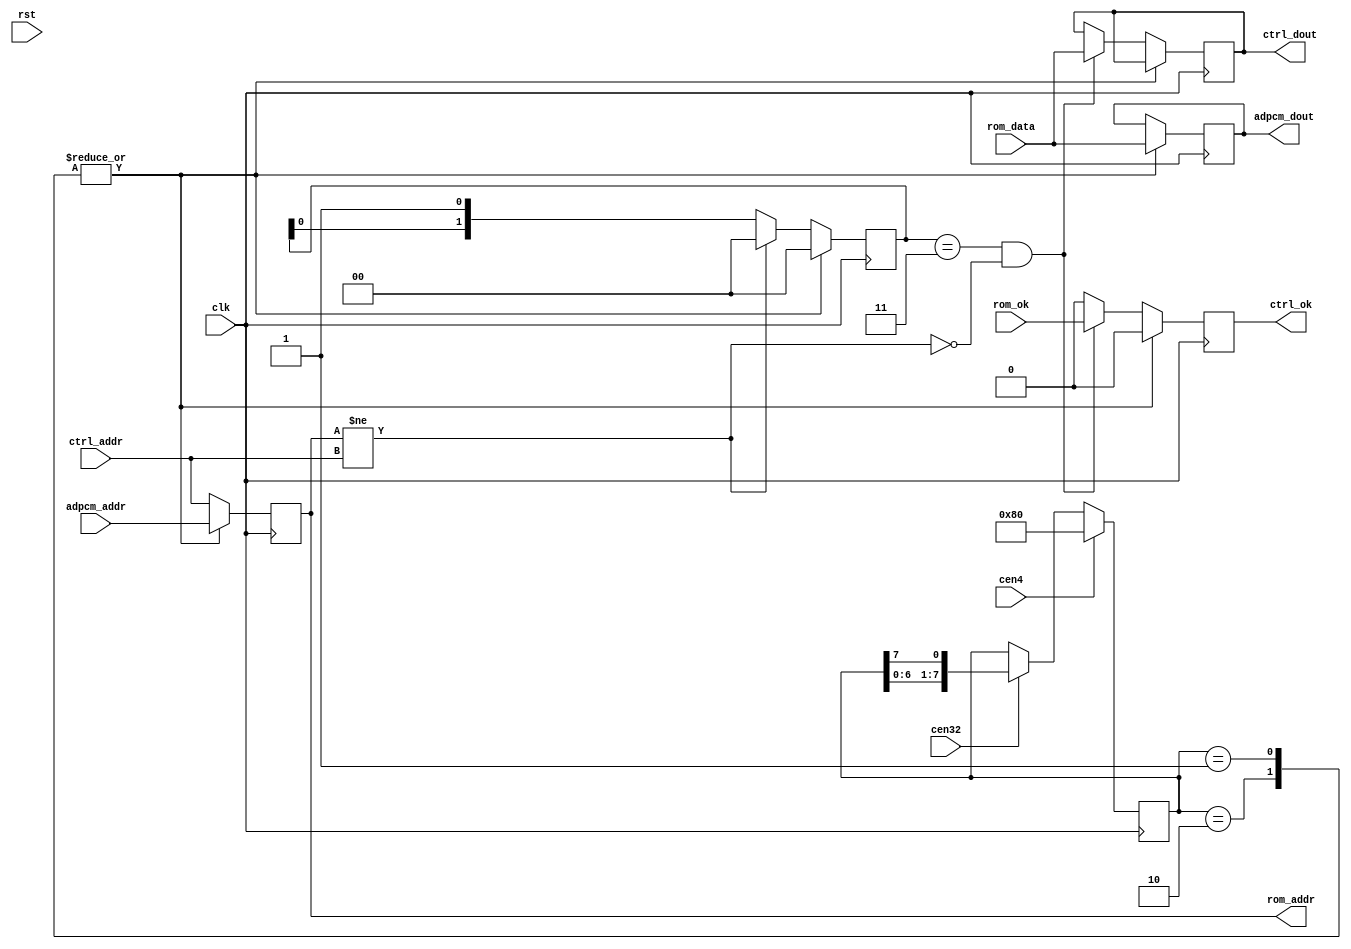
module jt6295_rom(
    input             rst,
    input             clk,
    input             cen4,
    input             cen32,

    input      [17:0] adpcm_addr,
    input      [17:0] ctrl_addr,

    output reg [ 7:0] adpcm_dout,
    output reg [ 7:0] ctrl_dout,

    output reg        ctrl_ok,
    // ROM interface
    output reg [17:0] rom_addr,
    input      [ 7:0] rom_data,
    input             rom_ok
);

reg [7:0] st;
reg [1:0] wait2;

always @(posedge clk) begin
    if(cen4 ) st <= 8'h80;
    else if(cen32) st <= { st[6:0], st[7] };
end

wire new_addr = rom_addr != ctrl_addr;

always @(posedge clk) begin
    case(st)
        8'b1,8'b10: begin
            rom_addr   <= adpcm_addr;
            adpcm_dout <= rom_data;
            ctrl_ok    <= 1'b0;
            wait2      <= 2'b0;
        end
        default: begin
            rom_addr   <= ctrl_addr;
            // right after coming in rom_ok will still
            // represent the status for adpcm data
            if(wait2==2'b11 && !new_addr) begin
                ctrl_ok   <= rom_ok;
                ctrl_dout <= rom_data;
            end else ctrl_ok <= 1'b0;
            if( new_addr )
                wait2 <= 2'b0;
            else
                wait2 <= {wait2[0],1'b1};
        end
    endcase
end

endmodule